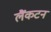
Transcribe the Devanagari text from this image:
लैंकटन